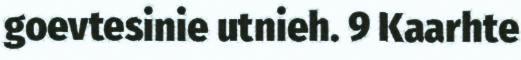
goevtesinie utnieh. 9 Kaarhte